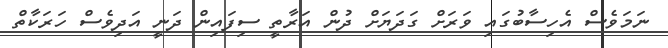
ނަމަވެސް އެހިސާބުގައި ވަރަށް ގަދަޔަށް ދުން އަރާތީ ސިފައިން ދަނީ އަދިވެސް ހަރަކާތް